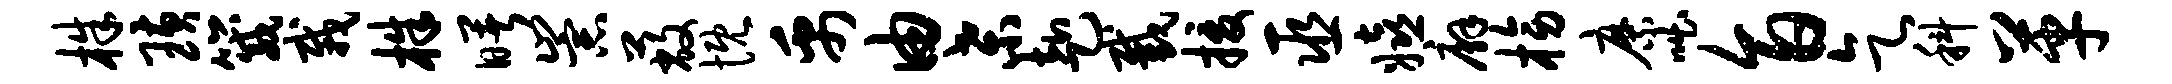
株璜箴栽株曙崇蔽慨禹由桑赴截援巫嬉廨榜縻咄旨乞科革